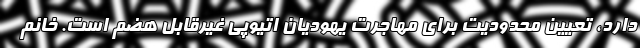
دارد، تعیین محدودیت برای مهاجرت یهودیان اتیوپی غیرقابل هضم است. خانم